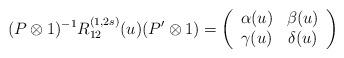
LaTeX: \begin{align*}(P \otimes 1)^{-1} R_{12}^{(1,2s)}(u) (P' \otimes 1) = \left( \begin{array}{cc} \alpha(u) & \beta(u) \\ \gamma(u) & \delta(u) \end{array} \right)\end{align*}